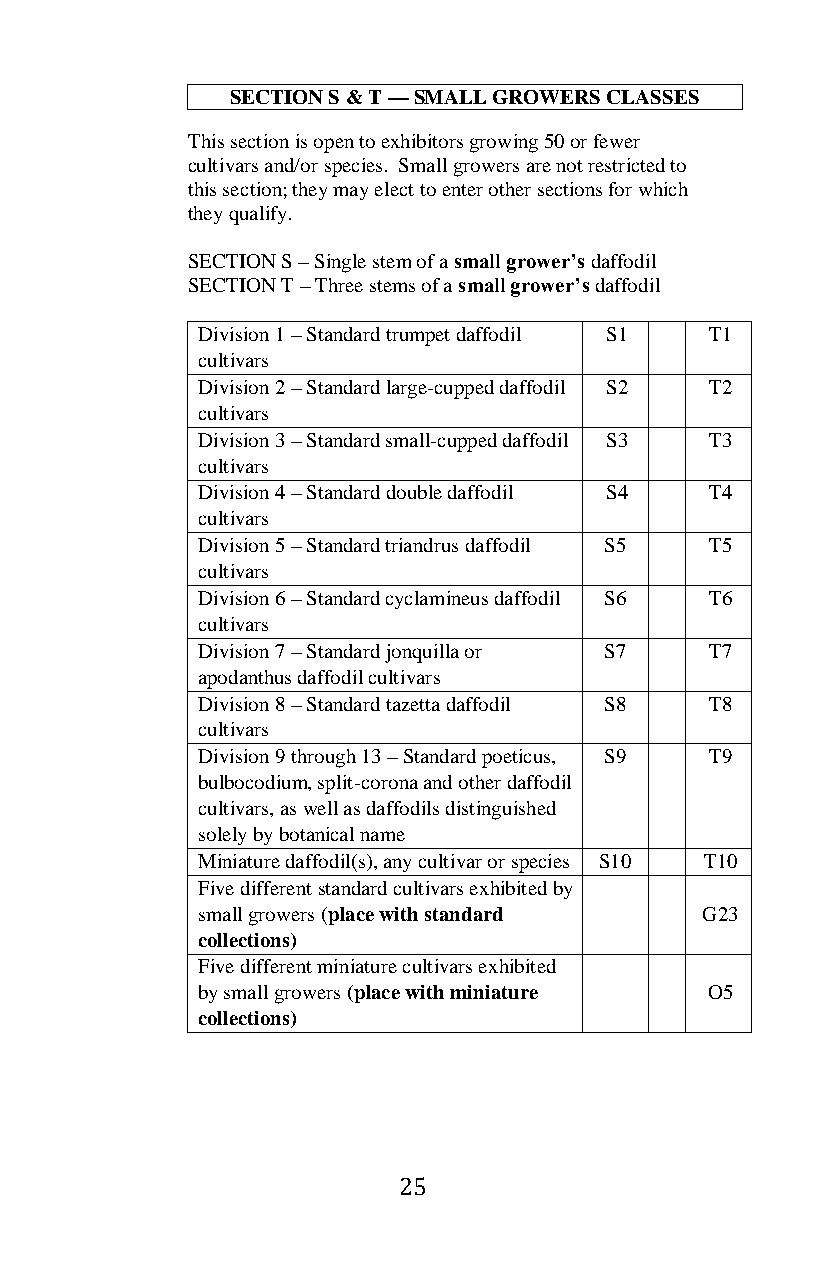
SECTION S & T — SMALL GROWERS CLASSES
 This section is open to exhibitors growing 50 or fewer
 cultivars and/or species. Small growers are not restricted to
 this section; they may elect to enter other sections for which
 they qualify.
 SECTION S – Single stem of a small grower’s daffodil
 SECTION T – Three stems of a small grower’s daffodil
 Division 1 – Standard trumpet daffodil S1 T1
 cultivars
 Division 2 – Standard large-cupped daffodil S2 T2
 cultivars
 Division 3 – Standard small-cupped daffodil S3 T3
 cultivars
 Division 4 – Standard double daffodil S4 T4
 cultivars
 Division 5 – Standard triandrus daffodil S5 T5
 cultivars
 Division 6 – Standard cyclamineus daffodil S6 T6
 cultivars
 Division 7 – Standard jonquilla or S7 T7
 apodanthus daffodil cultivars
 Division 8 – Standard tazetta daffodil S8 T8
 cultivars
 Division 9 through 13 – Standard poeticus, S9 T9
 bulbocodium, split-corona and other daffodil
 cultivars, as well as daffodils distinguished
 solely by botanical name
 Miniature daffodil(s), any cultivar or species S10 T10
 Five different standard cultivars exhibited by
 small growers (place with standard G23
 collections)
 Five different miniature cultivars exhibited
 by small growers (place with miniature O5
 collections)
 25